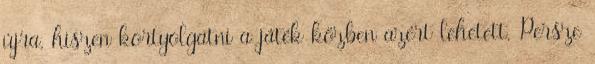
újra, hiszen kortyolgatni a játék közben azért lehetett. Persze